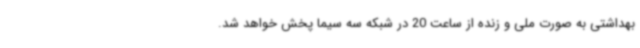
بهداشتی به صورت ملی و زنده از ساعت 20 در شبکه سه سیما پخش خواهد شد.